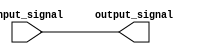
module non_inverting_buffer (
    input wire input_signal,
    output reg output_signal
  );

  // Assign the input signal to the output signal without any inversion
  assign output_signal = input_signal;

endmodule